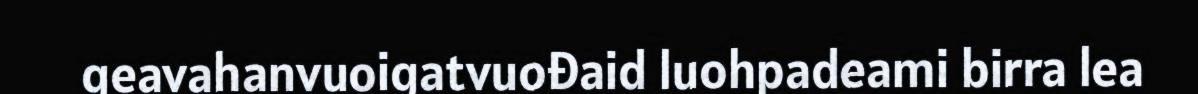
geavahanvuoigatvuođaid luohpadeami birra lea